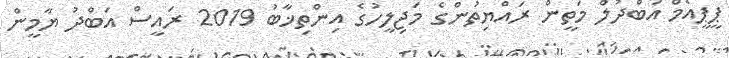
ޕީޕީއެމް އަބްދުލް މަތީން ރައްޔިތުންގެ މަޖިލީހުގެ އިންތިޚާބު 2019 ރައީސް އަބްދު ޔާމީން